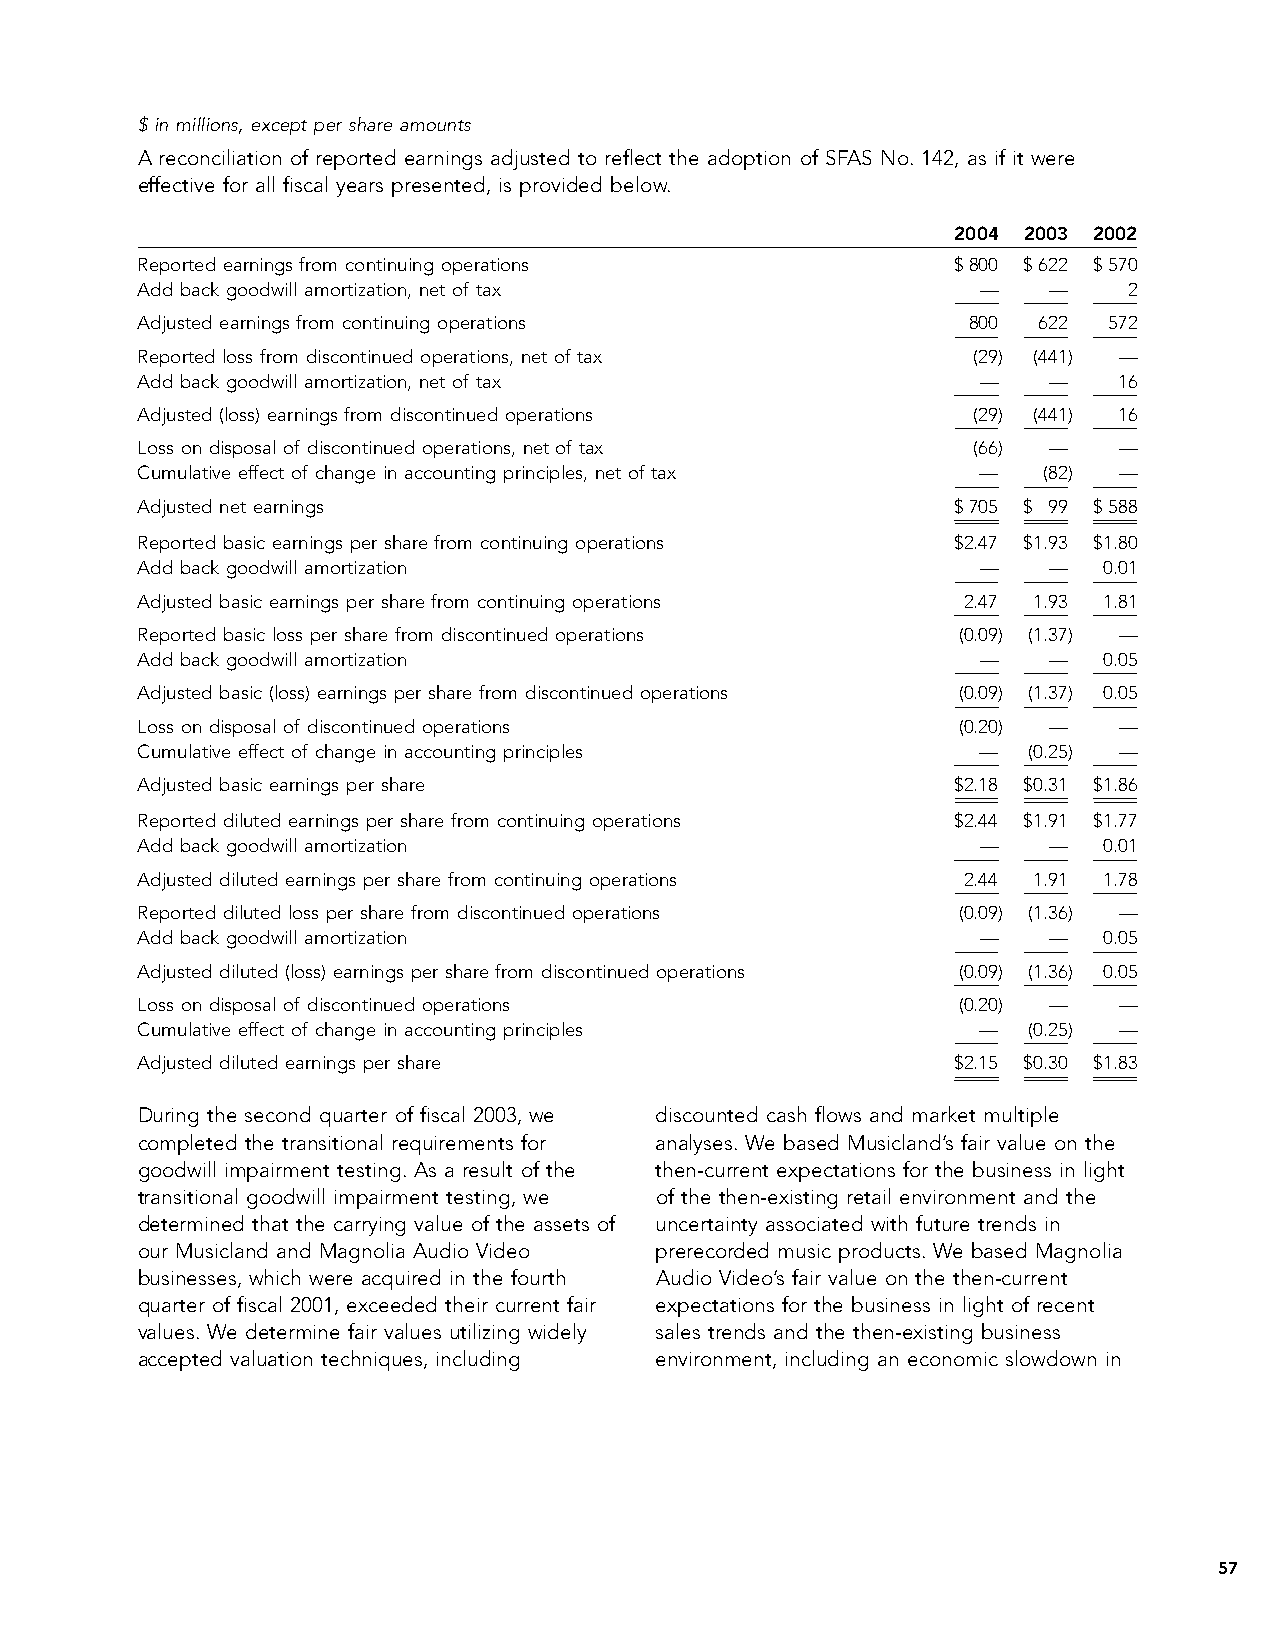
$ in millions, except per share amounts
 A reconciliation of reported earnings adjusted to reflect the adoption of SFAS No. 142, as if it were
 effective for all fiscal years presented, is provided below.
 2004 2003 2002
 Reported earnings from continuing operations          $800 $622 $570
 Add back goodwill amortization, net of tax              —   —     2
 Adjusted earnings from continuing operations           800  622 572
 Reported loss from discontinued operations, net of tax  (29) (441) —
 Add back goodwill amortization, net of tax              —   —    16
 Adjusted (loss) earnings from discontinued operations   (29) (441) 16
 Loss on disposal of discontinued operations, net of tax (66) —   —
 Cumulative effect of change in accounting principles, net of tax — (82) —
 Adjusted net earnings                                 $705 $ 99 $588
 Reported basic earnings per share from continuing operations $2.47 $1.93 $1.80
 Add back goodwill amortization                          —   —   0.01
 Adjusted basic earnings per share from continuing operations 2.47 1.93 1.81
 Reported basic loss per share from discontinued operations (0.09) (1.37) —
 Add back goodwill amortization                          —   —   0.05
 Adjusted basic (loss) earnings per share from discontinued operations (0.09) (1.37) 0.05
 Loss on disposal of discontinued operations            (0.20) —  —
 Cumulative effect of change in accounting principles    —  (0.25) —
 Adjusted basic earnings per share                     $2.18 $0.31 $1.86
 Reported diluted earnings per share from continuing operations $2.44 $1.91 $1.77
 Add back goodwill amortization                          —   —   0.01
 Adjusted diluted earnings per share from continuing operations 2.44 1.91 1.78
 Reported diluted loss per share from discontinued operations (0.09) (1.36) —
 Add back goodwill amortization                          —   —   0.05
 Adjusted diluted (loss) earnings per share from discontinued operations (0.09) (1.36) 0.05
 Loss on disposal of discontinued operations            (0.20) —  —
 Cumulative effect of change in accounting principles    —  (0.25) —
 Adjusted diluted earnings per share                   $2.15 $0.30 $1.83
 During the second quarter of fiscal 2003, we discounted cash flows and market multiple
 completed the transitional requirements for analyses. We based Musicland’s fair value on the
 goodwill impairment testing. As a result of the then-current expectations for the business in light
 transitional goodwill impairment testing, we of the then-existing retail environment and the
 determined that the carrying value of the assets of uncertainty associated with future trends in
 our Musicland and Magnolia Audio Video prerecorded music products. We based Magnolia
 businesses, which were acquired in the fourth Audio Video’s fair value on the then-current
 quarter of fiscal 2001, exceeded their current fair expectations for the business in light of recent
 values. We determine fair values utilizing widely sales trends and the then-existing business
 accepted valuation techniques, including environment, including an economic slowdown in
 57